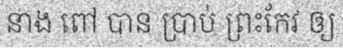
នាង ពៅ បាន ប្រាប់ ព្រះកែវ ឲ្យ